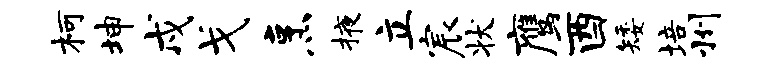
柯坤戍戈烹掖立宸状鹰酉矮培州